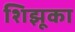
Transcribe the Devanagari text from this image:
शिझूका